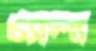
চ্যালা